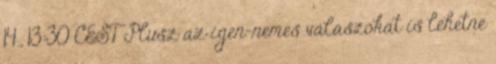
14., 13:30 CEST Plusz az igen-nemes válaszokat is lehetne